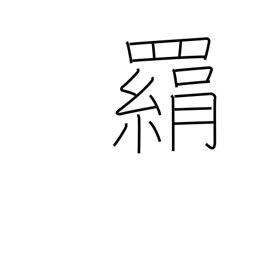
Meaning: trap